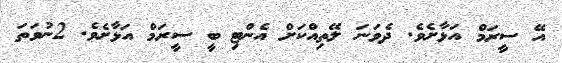
އޭ ސީރަމް އަޅާށެވެ. ދެވަނަ ލޭތިއްކަށް އެންޓި ބީ ސީރަމް އަޅާށެވެ. 2ނުވަތަ